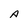
Character: A